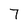
Character: 7